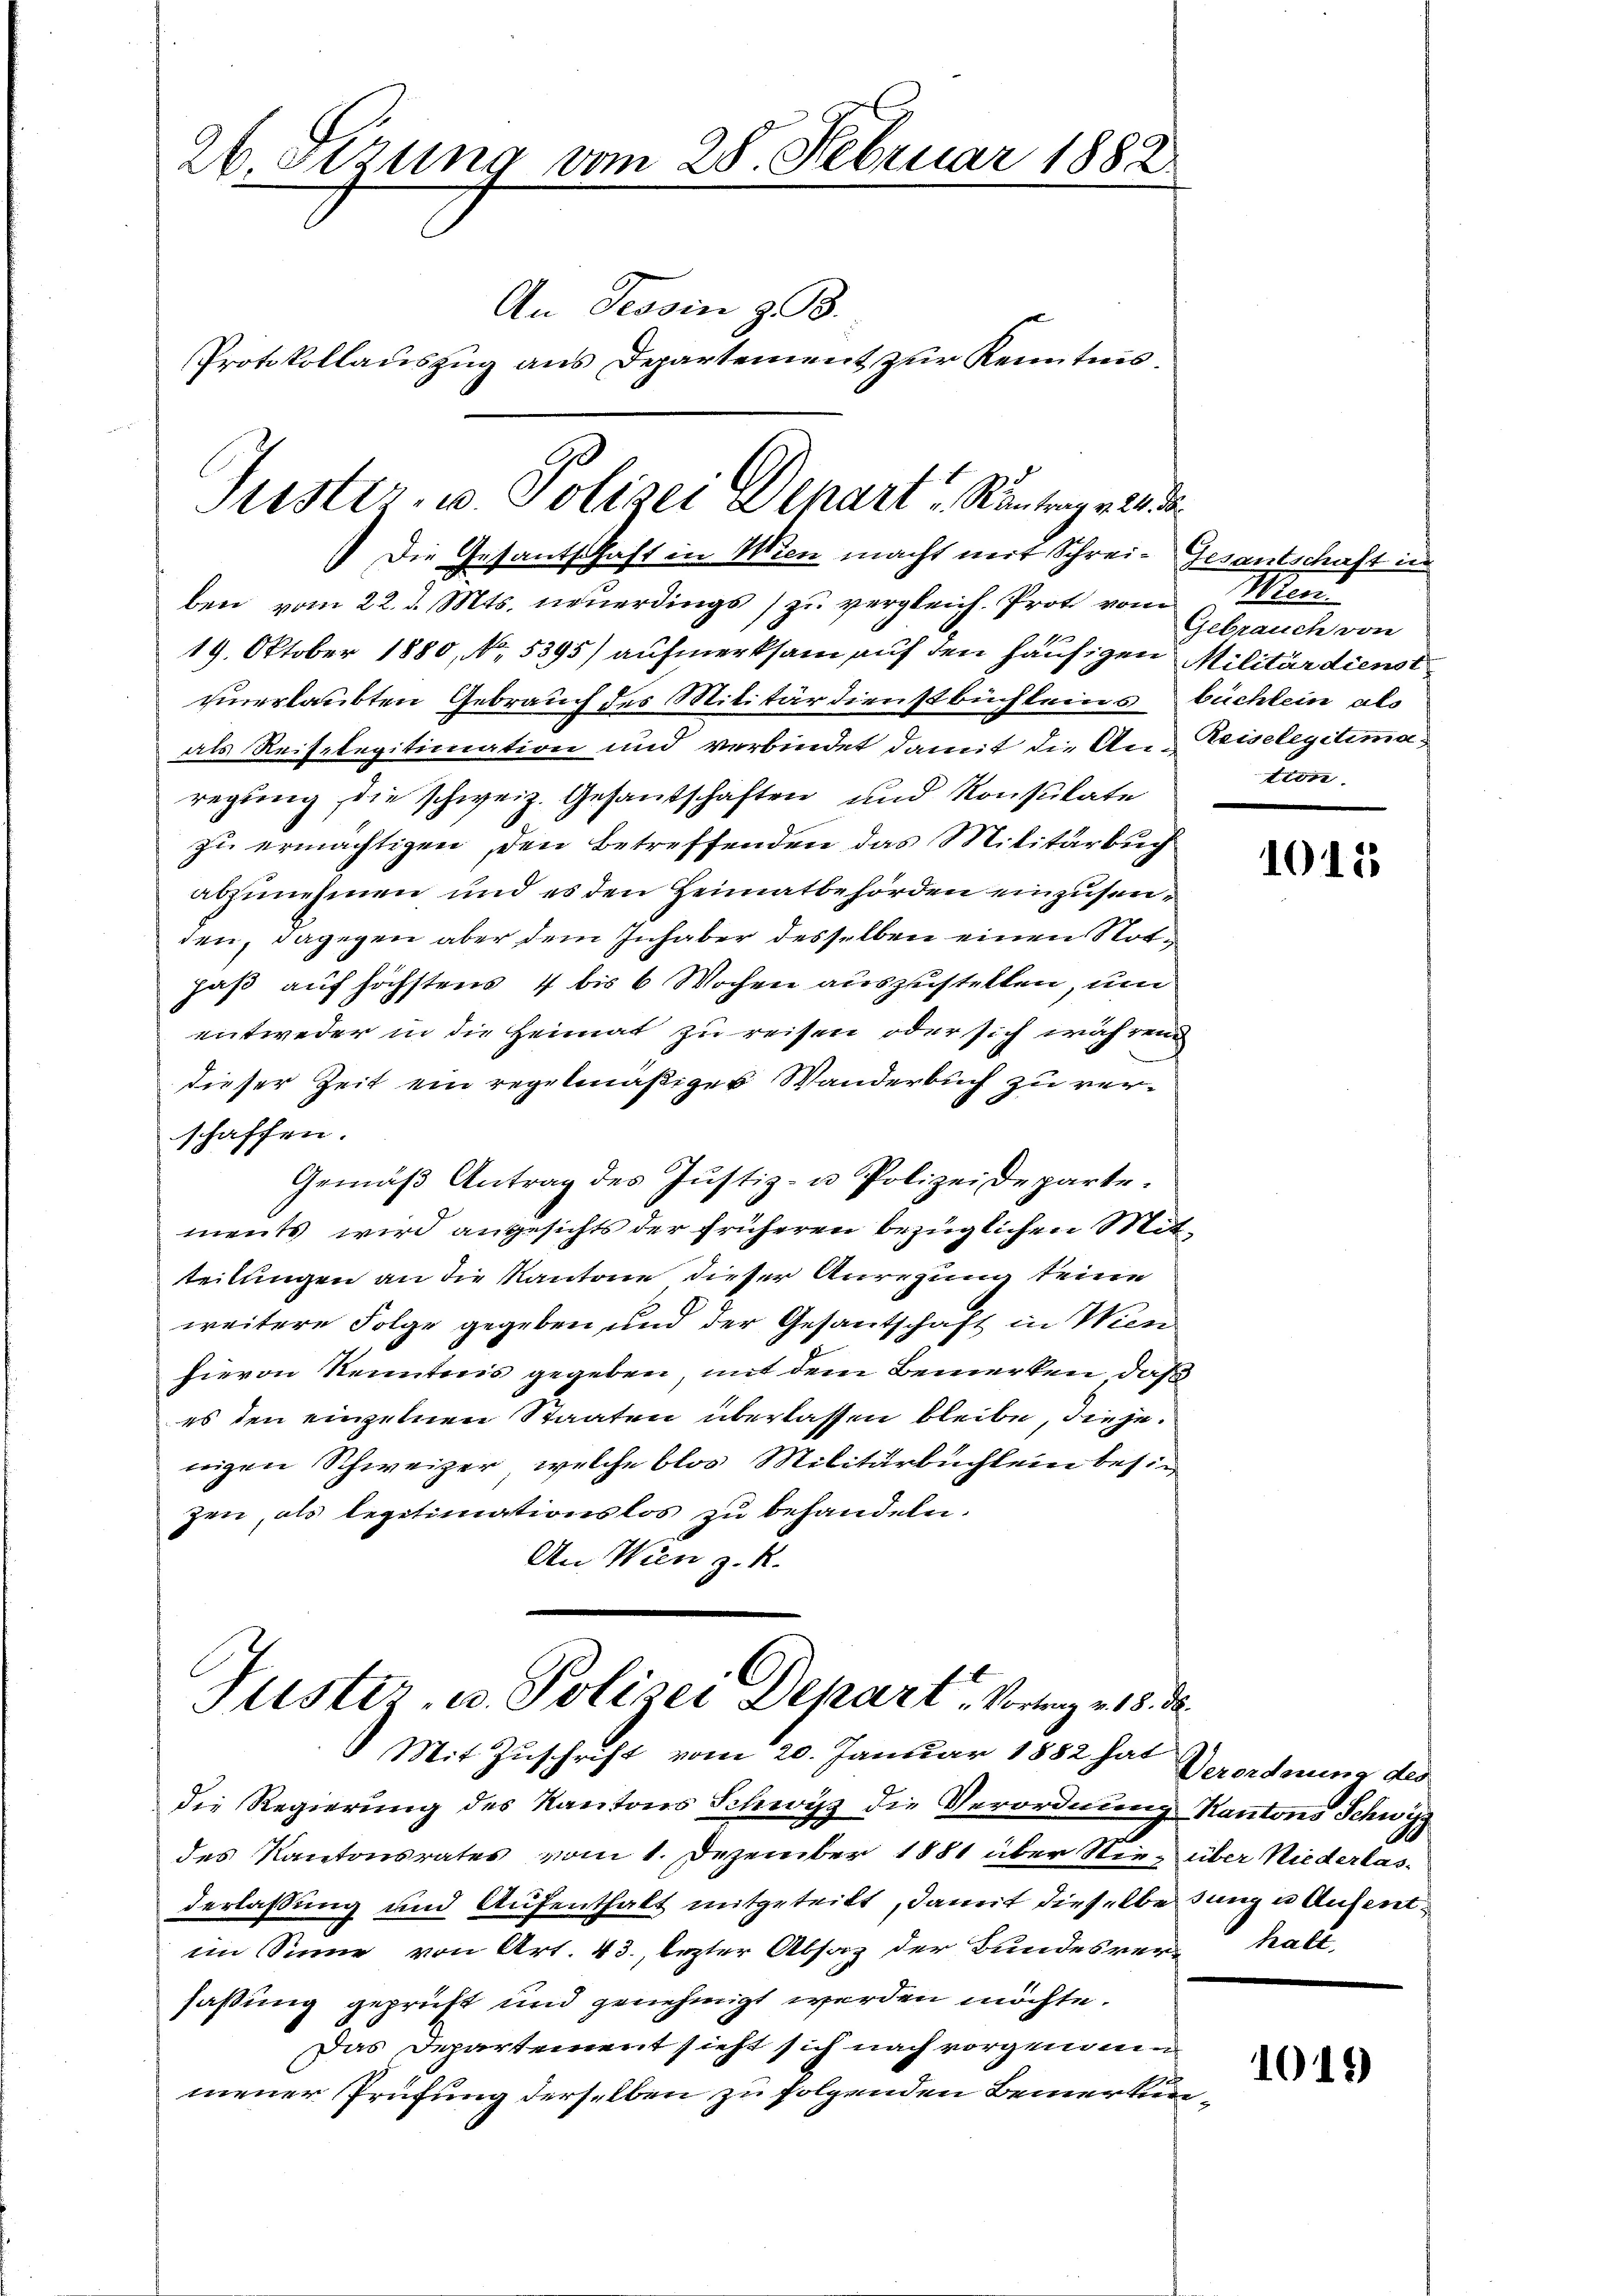
26. Sezung vom 28. Februar 1882
An Tessin z. B.
Protokollauszug aus Departement zur Kenntnis¬

Suster, u. Polizei Depart "Rantrage 10 d

Justiz- u. Polizei Depart. Vortrag v. 18.
Mit Zuschrift vom 20. Januar 1882 hat Verordnung des

Die Gesantschaft in Wien macht mit Schrei- Gesantschaft in
ben vom 22. d. Mts. neuerdings zu vergleich. Prot von
19. Oktober 1880, No. 5395) aufmerksam auf den häufigen Militärdienst
unerlaubten Gebrauch des Militärdienstbüchleins büchlein als
als Reiselegitimation und verbindet damit die An- Reiselegitimaregung, die schweiz. Gesantschaften und Konsulate
zu ermächtigen, den betreffenden das Militärbuch
abzunehmen und es den Heimatbehörden einzusenden, dagegen aber dem Inhaber desselben einen Notpaß auf höchstens 4 bis 6 Wochen auszustellen, um
entweder in die Heimat zu reisen oder sich während
dieser Zeit ein regelmäßiges Wanderbuch zu verschaffen.
Gemäβ Antrag des Justiz- u. Polizeidepartements wird angesichts der früheren bezüglichen Mitteilungen an die Kantone dieser Anregung seine
weitere Folge gegeben und der Gesantschaft in Wien
hievon Kenntnis gegeben, mit dem Bemerken, daß
es den einzelnen Staaten überlassen bleibe, diese
nigen Schweizer, welche blos Militärbuchlein besin
zen, als legitimationslos zu behandeln.
An Wien z. R.

Wien
Gebrauch von
tien

die Regierung des Kantons Schwyz die Verordnung Kantons Schwyz
des Kantonsrates vom 1. Dezember 1881 über Nie über Niederlasderlassung und Aufenthalt mitgeteilt, damit dieselbe Junge Aufentim Sinne von Art. 43., lezter Absaz der Bundesverhalt
faßung geprüft und genehmigt werden möchte.
Das Departement sieht sich nach vorgenommener Prüfung derselben zu folgenden Bemerkun¬

1015

1019